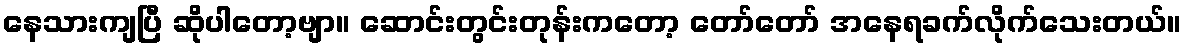
နေသားကျပြီ ဆိုပါတော့ဗျာ။ ဆောင်းတွင်းတုန်းကတော့ တော်တော် အနေရခက်လိုက်သေးတယ်။